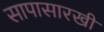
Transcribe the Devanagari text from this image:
सापासारखी